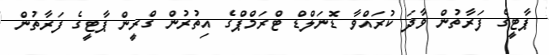
ޕާޓީގެ ފަރާތުން ވާދަ ކުރައްވާ ޑޮނަލްޑް ޓްރަމްޕްގެ އިތުރުން ގްރީން ޕާޓީގެ ފަރާތުން